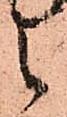
之